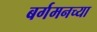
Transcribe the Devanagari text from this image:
बर्गमनच्या